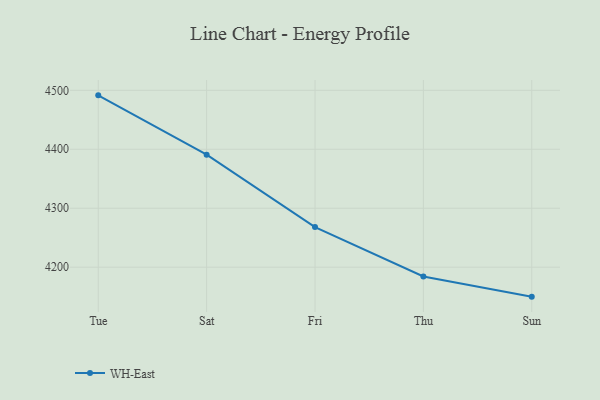
{"axis": {"x": "Day", "y": "Energy Usage (MWh)"}, "legend": ["WH-East"], "data": [{"x": "Tue", "y": 4491.5, "type": "WH-East"}, {"x": "Sat", "y": 4390.9, "type": "WH-East"}, {"x": "Fri", "y": 4268.0, "type": "WH-East"}, {"x": "Thu", "y": 4184.2, "type": "WH-East"}, {"x": "Sun", "y": 4150.0, "type": "WH-East"}]}